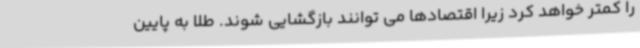
را کمتر خواهد کرد زیرا اقتصادها می توانند بازگشایی شوند. طلا به پایین